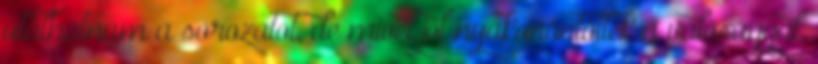
utálhatnám a sorozatot, de mivel jól nyakonöntötték a valósággal,